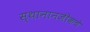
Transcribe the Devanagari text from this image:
स्थानानजीकचे